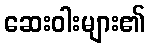
ဆေးဝါးများ၏